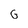
Character: G